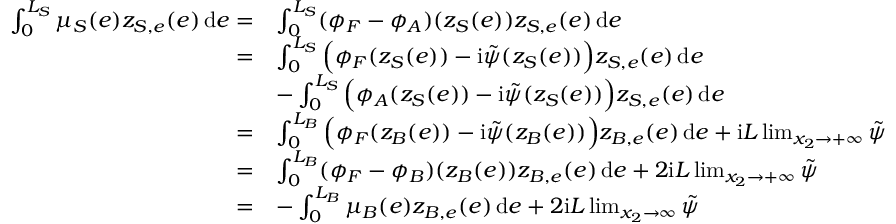
\begin{array} { r l } { \int _ { 0 } ^ { L _ { S } } \mu _ { S } ( e ) z _ { S , e } ( e ) \, \mathrm { d } e = } & { \int _ { 0 } ^ { L _ { S } } ( \phi _ { F } - \phi _ { A } ) ( z _ { S } ( e ) ) z _ { S , e } ( e ) \, \mathrm { d } e } \\ { = } & { \int _ { 0 } ^ { L _ { S } } \Big ( \phi _ { F } ( z _ { S } ( e ) ) - \mathrm { i } \tilde { \psi } ( z _ { S } ( e ) ) \Big ) z _ { S , e } ( e ) \, \mathrm { d } e } \\ & { - \int _ { 0 } ^ { L _ { S } } \Big ( \phi _ { A } ( z _ { S } ( e ) ) - \mathrm { i } \tilde { \psi } ( z _ { S } ( e ) ) \Big ) z _ { S , e } ( e ) \, \mathrm { d } e } \\ { = } & { \int _ { 0 } ^ { L _ { B } } \Big ( \phi _ { F } ( z _ { B } ( e ) ) - \mathrm { i } \tilde { \psi } ( z _ { B } ( e ) ) \Big ) z _ { B , e } ( e ) \, \mathrm { d } e + \mathrm { i } L \operatorname* { l i m } _ { x _ { 2 } \to + \infty } \tilde { \psi } } \\ { = } & { \int _ { 0 } ^ { L _ { B } } ( \phi _ { F } - \phi _ { B } ) ( z _ { B } ( e ) ) z _ { B , e } ( e ) \, \mathrm { d } e + 2 \mathrm { i } L \operatorname* { l i m } _ { x _ { 2 } \to + \infty } \tilde { \psi } } \\ { = } & { - \int _ { 0 } ^ { L _ { B } } \mu _ { B } ( e ) z _ { B , e } ( e ) \, \mathrm { d } e + 2 \mathrm { i } L \operatorname* { l i m } _ { x _ { 2 } \to \infty } \tilde { \psi } } \end{array}